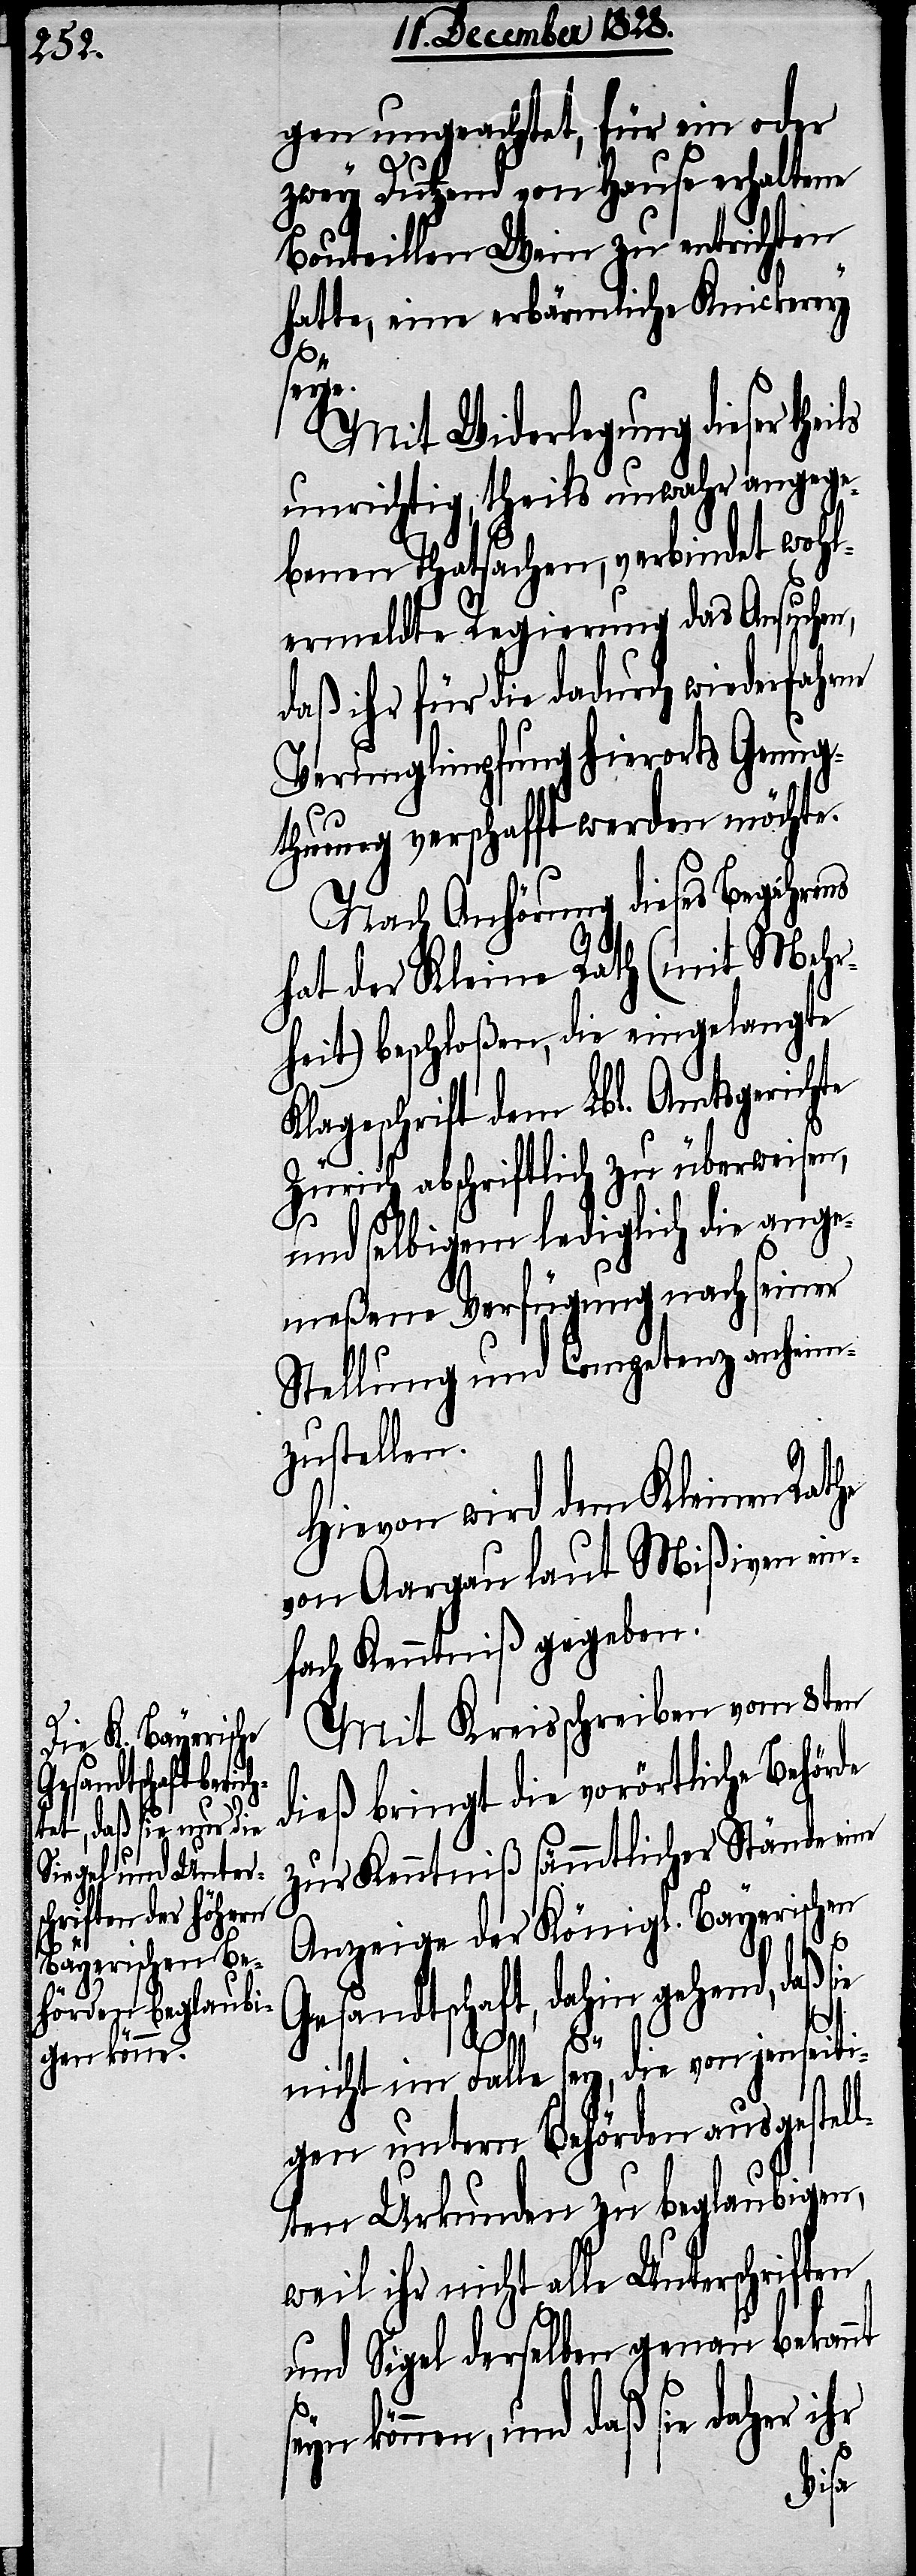
gen ungeachtet, für ein oder
zwey Dutzend von Hause erhaltene
Bouteillen Wein zu entrichten
hatte, eine erbärmliche Knickerey
seye.
Mit Widerlegung dieser the¬
unrichtig, theils unwahr angege¬
benen Thatsachen, verbindet wohl¬
ermeldte Regierung das Ansuchen,
daß ihr für die dadurch wiederfahrne
Verunglimpfung hierorts Genug¬
thuung verschafft werden möchte.
Nach Anhörung dieses Begehrens
hat der Kleine Rath (mit Mehr¬
heit) beschloßen, die eingelangte
Klageschrift dem Lbl. Amtsgerichte
Zürich abschriftlich zu überweisen,
und selbigem lediglich die ange¬
meßene Verfügung nach seiner
Stellung und Competenz anheim¬
zustellen.
Hievon wird dem Kleinen Rathe
von Aargau laut Mißiven ein¬
fach Kenntniß gegeben.
Mit Kreisschreiben vom 8ten
dieß bringt die vorörtliche Behörde
zur Kenntniß sämmtlicher Stände eine
Anzeige der Königl. Bayerischen
Gesandtschaft, dahin gehend, daß
nicht im Falle sey, die von jenseiti¬
gen untern Behörden ausgestel¬
lten Urkunden zu beglaubigen,
weil ihr nicht alle Unterschriften
und Sigel derselben genau bekannt
können, und daß sie daher ihr
sie